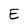
Character: E